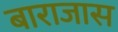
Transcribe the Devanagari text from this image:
बाराजास